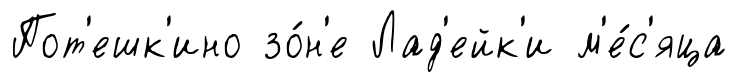
Пот'ешк'ино зо́н'е Лад'ейк'и м'е́с'яца